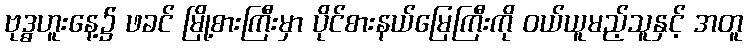
ဗုဒ္ဓဟူးနေ့၌ ဖခင် မြို့စားကြီးမှာ ပိုင်စားနယ်မြေကြီးကို ဝယ်ယူမည့်သူနှင့် အတူ